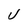
Character: V